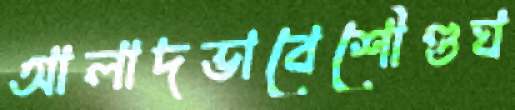
আলাদভাবেশৌণ্ডঘ